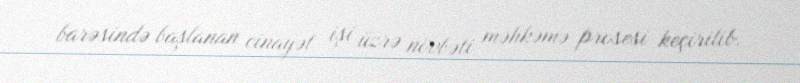
barəsində başlanan cinayət işi üzrə növbəti məhkəmə prosesi keçirilib.